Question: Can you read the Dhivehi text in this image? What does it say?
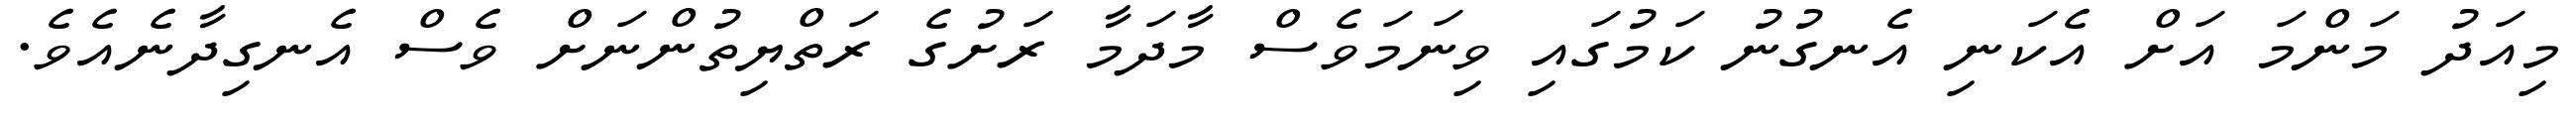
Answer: މިއަދު މަންމަ އަށް އެކަނި އެނގުނު ކަމުގައި ވިނަމަވެސް މާދަމާ ރަށުގެ ރަތްޔިތުންނަށް ވެސް އެނގިދާނެއެވެ.